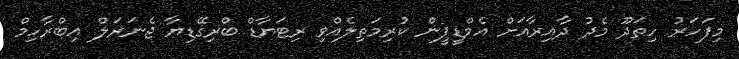
މިފަހަރު ހިތަދޫ މެދު ދާއިރާއަށް އެމްޑީޕީން ކުރިމަތިލެއްވި ރިޓަޔާޑް ބްރިގޭޑިޔާ ޖެނަރަލް އިބްރާހިމް